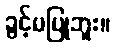
ခွင့်မပြုဘူး။